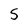
Character: S